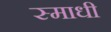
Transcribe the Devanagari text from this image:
स्माधी